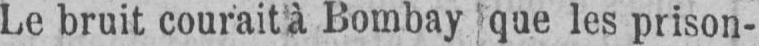
Le bruit courait à Bombay que les prison-